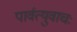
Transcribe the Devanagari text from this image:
पार्वत्युवाचः